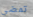
تمضي